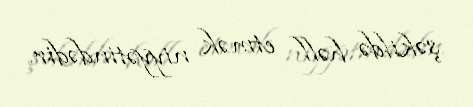
şəkildə həll etmək niyyətindədir.